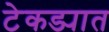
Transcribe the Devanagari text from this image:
टेकड्यात